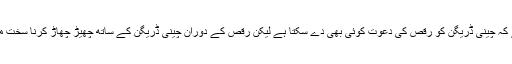
کہا جاتاہے کہ چینی ڈریگن کو رقص کی دعوت کوئی بھی دے سکتا ہے لیکن رقص کے دوران چینی ڈریگن کے ساتھ چھیڑ چھاڑ کرنا سخت ممنوع ہے ۔